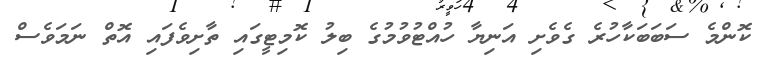
ކޮންމެ ސަބަބަކާހުރެ ގެވެށި އަނިޔާ ހުއްޓުވުމުގެ ބިލު ކޮމިޓީގައި ތާށިވެފައި އޮތް ނަމަވެސް